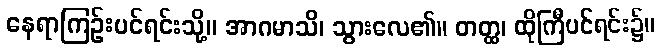
နေရာကြဉ်းပင်ရင်းသို့။ အာဂမာသိ၊ သွားလေ၏။ တတ္ထ၊ ထိုကြီပင်ရင်း၌။